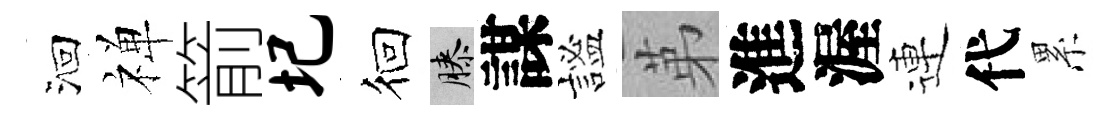
洄禅箭圮徊膝謀謐苐進渥連代累